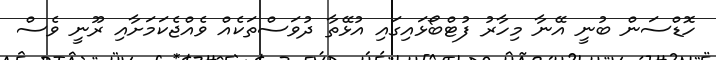
ހޮޑްސަން ބުނީ އޭނާ މިހާރު ފުޓްބޯޅައިގައި އުޅޭތާ ދުވަސްތަކެއް ވެއްޖެކަމަށާއި ރޫނީ ވެސް